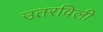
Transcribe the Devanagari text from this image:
उतरविली